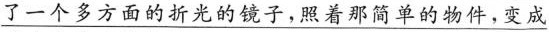
\underline{了一个多方面的折光的镜子，照着那简单的物件，变成}